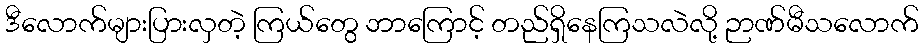
ဒီလောက်များပြားလှတဲ့ ကြယ်တွေ ဘာကြောင့် တည်ရှိနေကြသလဲလို့ ဉာဏ်မီသလောက်